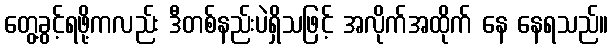
တွေ့ခွင့်ရဖို့ကလည်း ဒီတစ်နည်းပဲရှိသဖြင့် အလိုက်အထိုက် နေ နေရသည်။